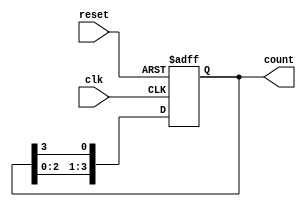
module ring_counter #(
    parameter N = 4  // Number of memory blocks (flip-flops)
)(
    input wire clk,   // Clock signal
    input wire reset, // Asynchronous reset signal
    output reg [N-1:0] count // Output representing the state of the counter
);

// Initial state
initial begin
    count = 1'b1; // Start with the first flip-flop set to '1'
end

// Always block triggered on the rising edge of the clock or reset
always @(posedge clk or posedge reset) begin
    if (reset) begin
        count <= 1'b1; // Reset to the initial state (first flip-flop)
    end else begin
        // Shift the '1' to the next flip-flop
        count <= {count[N-2:0], count[N-1]}; // Shift left and wrap around
    end
end

endmodule